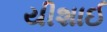
યીશાઈ